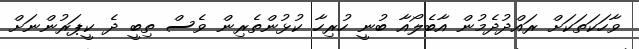
ވާހަކަތަކަށް ރައްދުދެމުން އާބެލޯއާ ބުނީ ހުރިހާ ކުޅުންތެރިން ވެސް ތިބީ ދެ ކީޕަރުންނަށް